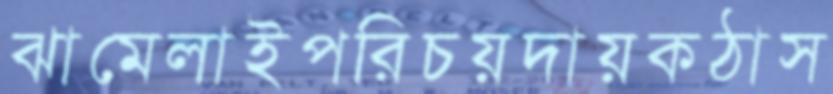
ঝামেলাইপরিচয়দায়কঠাস